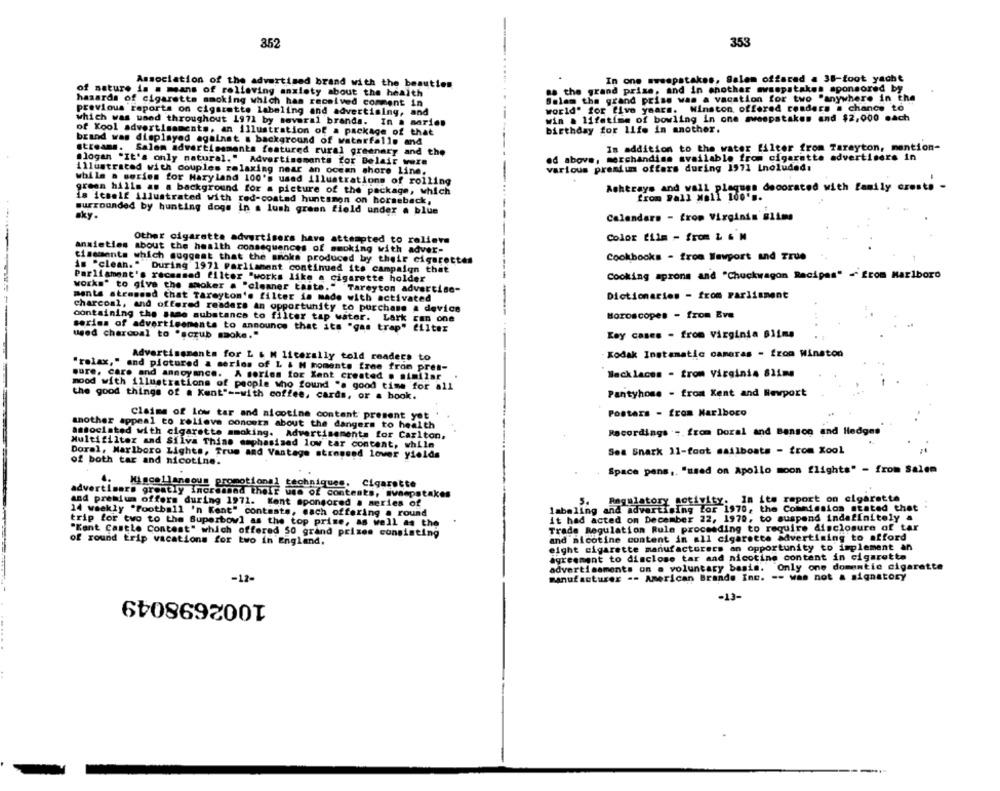
352
35
In one sweepstakes, Salem offarad a 38-foot yache
Association of the advertised brand with the beauties
as the grand prixe, and in another mwsspstakes sponsored by
of nature is . means of rolleving anxiety about the health
hasards of cigarette smoking which has received comment in
Salam the grand prise was a vacation for two "anywhere in the
previous reports on cigarette labeling and advertising, and
world" for five years. Winston offered renders a chance to
win . lifetime of bowling in one sweepstakes and $2,000 each
which was used throughout 1971 by several brands. In a marien
of Kool advertisements, an illustration of a package of that
birthday for life in another.
brand was displayed against a background of waterfalls and
In addition to the water filter from Tarayton, mention-
streams. Salem advertisements featured rural greenary and the
od above, merchandise available from cigarette advertisers in
"logan "It's only natural." Advertisements for Belair were
various premium offers during 1971 Lnoluded:
illustrated with couples relaxing near an ocean shore Line.
while a series for Maryland 100's used illustrations of rolling
green hills as a background for a picture of the package, which
Ashtrays and wall plaques decorated with family croste
from Pall Mall 100's.
is icself illustrated with red-costad huntsnon on horseback,
surrounded by hunting dogs in a lush green field under a blue
sky.
Calendars - from Virginin Biims
Color film - from & & M
Other cigarette advertisers have attempted to relieve
anxieties about the health consequences of smoking with adver-
tisements which suggest that the smoke produced by their cigarettes
Cookbooks - from Wawport and True
is "clean."
During 1971 Parliament continued its campaign that
Cooking aprons and "Chuckwagon Recipes" - from Marlboro
Parliament's recessed filter "works like a cigarette holder
works" to give the smoker . "cleaner taste." Tareyton advertise-
Dictionaries - from Parliament
manta stromend that Tareyton's filter is made with activated
---
charcoal, and offered readers an opportunity to purchase a device
Horoscopes - from Eve
containing the same substance to filter tap water. Lark can one
series of advertisements to announce that its "gas trap" filter
used charcoal to "scrub smoke."
Kay cases - from Virginia Bilme
Advertisements for L & M literally told readers to
- Kodak Instamatic cameras - from Winston
"relax," and pictured a series of L & M moments free from pret-
sure, care and annoyance. A series for Xant created . similar
Necklaces - from Virginia 811me
mood with illustrations of people who found "a good time for all
the good things of a Kent" -- with coffee, cards, or a book.
Pantyhose - from Kent and Rewport
Posters - from Marlboro
Claims of low tar and nicotine contant present yot
another appeal to relieve concern about the dangers to health
associated with cigarette smoking. Advertisements for Carlton.
Recordings -. from Doral and Banson and Hedges
Multifilter and Silva Thine emphasized low tar content, while
Sea Snark 11-foot sailboats - from Xool
Doral, Marlboro Lights, True and Vantage stressed lower yields
of both tar and nicotine.
Space pens ,. "used on Apollo moon flights" - from Salem
4.
Miscellaneous promotional techniques. Cigarette
advertisers gromely Increased their use of contents, sweepstakes
Regulatory activity. In its report on cigarette
and premium offers during 1971. Kent sponsored a series of
labeling and advertising for 1970, the Commission stated that
5.
14 weekly "Football 'n Kent" contests, mach offering a round
trip for two to the Superbowl as the top prise, as well as the
it had acted on December 22, 1970, to suspend indefinitely &
Trade Regulation Rule proceeding to require disclosure of tar
"Kant Castle Contest" which offered 50 grand prixom consisting
and nicotine content in all cigarette advertising to afford
of round trip vacations for two in England.
eight cigarette manufacturers an opportunity to implement an
agreement to disclose tar and nicotine content in cigarette
advertisements on a voluntary basis. Only one domentic cigarette
-12-
manufacturer -- American Brands Inc. -- was not a signatory
1002698049
-13-